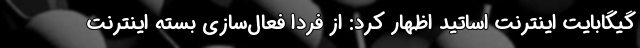
گیگابایت اینترنت اساتید اظهار کرد: از فردا فعال‌سازی بسته اینترنت